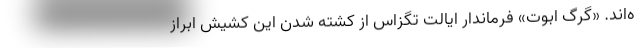
ه‌اند. «گرگ ابوت» فرماندار ایالت تگزاس از کشته شدن این کشیش ابراز